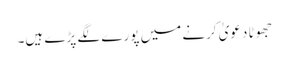
جھوٹا دعویٰ کرنے میں پورے لگے پڑے ہیں۔